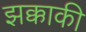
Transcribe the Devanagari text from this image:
झक्काकी